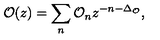
\mathcal { O } ( z ) = \sum _ { n } \mathcal { O } _ { n } z ^ { - n - \Delta _ { \mathcal { O } } } ,